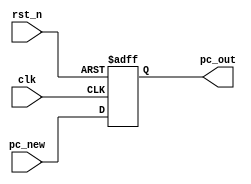
`timescale 1ns/1ns
module PC
    (
        input               clk,
        input               rst_n,
        input      [31:0]   pc_new,
        output reg [31:0]   pc_out
    );
	
	always @(negedge clk or negedge rst_n) begin
		if(!rst_n)
			pc_out <= 0;
		else
            pc_out <= pc_new;
	end	

endmodule